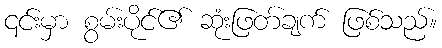
၎င်းမှာ စွမ်းပိုင်၏ ဆုံးဖြတ်ချက် ဖြစ်သည်။